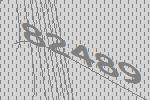
82489